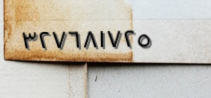
٣٢٧٦٨١٧٢٥